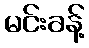
မင်းခန့်